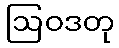
ဩဝဒတု